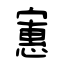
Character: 寭